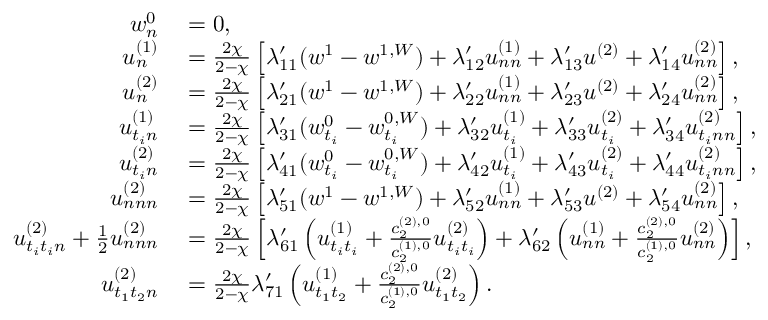
\begin{array} { r l } { w _ { n } ^ { 0 } } & { { } = 0 , } \\ { u _ { n } ^ { ( 1 ) } } & { { } = \frac { 2 \chi } { 2 - \chi } \left[ \lambda _ { 1 1 } ^ { \prime } ( w ^ { 1 } - w ^ { 1 , W } ) + \lambda _ { 1 2 } ^ { \prime } u _ { n n } ^ { ( 1 ) } + \lambda _ { 1 3 } ^ { \prime } u ^ { ( 2 ) } + \lambda _ { 1 4 } ^ { \prime } u _ { n n } ^ { ( 2 ) } \right] , } \\ { u _ { n } ^ { ( 2 ) } } & { { } = \frac { 2 \chi } { 2 - \chi } \left[ \lambda _ { 2 1 } ^ { \prime } ( w ^ { 1 } - w ^ { 1 , W } ) + \lambda _ { 2 2 } ^ { \prime } u _ { n n } ^ { ( 1 ) } + \lambda _ { 2 3 } ^ { \prime } u ^ { ( 2 ) } + \lambda _ { 2 4 } ^ { \prime } u _ { n n } ^ { ( 2 ) } \right] , } \\ { u _ { t _ { i } n } ^ { ( 1 ) } } & { { } = \frac { 2 \chi } { 2 - \chi } \left[ \lambda _ { 3 1 } ^ { \prime } ( w _ { t _ { i } } ^ { 0 } - w _ { t _ { i } } ^ { 0 , W } ) + \lambda _ { 3 2 } ^ { \prime } u _ { t _ { i } } ^ { ( 1 ) } + \lambda _ { 3 3 } ^ { \prime } u _ { t _ { i } } ^ { ( 2 ) } + \lambda _ { 3 4 } ^ { \prime } u _ { t _ { i } n n } ^ { ( 2 ) } \right] , } \\ { u _ { t _ { i } n } ^ { ( 2 ) } } & { { } = \frac { 2 \chi } { 2 - \chi } \left[ \lambda _ { 4 1 } ^ { \prime } ( w _ { t _ { i } } ^ { 0 } - w _ { t _ { i } } ^ { 0 , W } ) + \lambda _ { 4 2 } ^ { \prime } u _ { t _ { i } } ^ { ( 1 ) } + \lambda _ { 4 3 } ^ { \prime } u _ { t _ { i } } ^ { ( 2 ) } + \lambda _ { 4 4 } ^ { \prime } u _ { t _ { i } n n } ^ { ( 2 ) } \right] , } \\ { u _ { n n n } ^ { ( 2 ) } } & { { } = \frac { 2 \chi } { 2 - \chi } \left[ \lambda _ { 5 1 } ^ { \prime } ( w ^ { 1 } - w ^ { 1 , W } ) + \lambda _ { 5 2 } ^ { \prime } u _ { n n } ^ { ( 1 ) } + \lambda _ { 5 3 } ^ { \prime } u ^ { ( 2 ) } + \lambda _ { 5 4 } ^ { \prime } u _ { n n } ^ { ( 2 ) } \right] , } \\ { u _ { t _ { i } t _ { i } n } ^ { ( 2 ) } + \frac { 1 } { 2 } u _ { n n n } ^ { ( 2 ) } } & { { } = \frac { 2 \chi } { 2 - \chi } \left[ \lambda _ { 6 1 } ^ { \prime } \left( u _ { t _ { i } t _ { i } } ^ { ( 1 ) } + \frac { c _ { 2 } ^ { ( 2 ) , 0 } } { c _ { 2 } ^ { ( 1 ) , 0 } } u _ { t _ { i } t _ { i } } ^ { ( 2 ) } \right) + \lambda _ { 6 2 } ^ { \prime } \left( u _ { n n } ^ { ( 1 ) } + \frac { c _ { 2 } ^ { ( 2 ) , 0 } } { c _ { 2 } ^ { ( 1 ) , 0 } } u _ { n n } ^ { ( 2 ) } \right) \right] , } \\ { u _ { t _ { 1 } t _ { 2 } n } ^ { ( 2 ) } } & { { } = \frac { 2 \chi } { 2 - \chi } \lambda _ { 7 1 } ^ { \prime } \left( u _ { t _ { 1 } t _ { 2 } } ^ { ( 1 ) } + \frac { c _ { 2 } ^ { ( 2 ) , 0 } } { c _ { 2 } ^ { ( 1 ) , 0 } } u _ { t _ { 1 } t _ { 2 } } ^ { ( 2 ) } \right) . } \end{array}